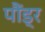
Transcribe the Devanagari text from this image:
पौंड्र